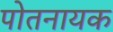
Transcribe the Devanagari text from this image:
पोतनायक